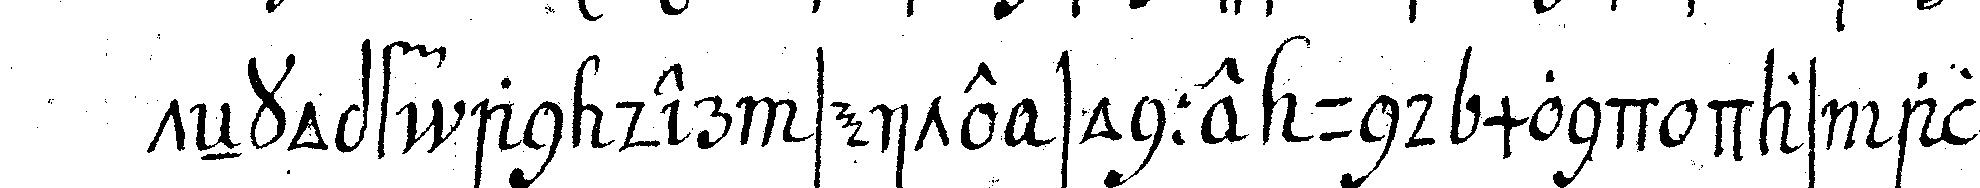
teNkopf an der seite sonne und mond das allerh